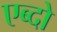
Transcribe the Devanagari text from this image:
एब्दो